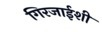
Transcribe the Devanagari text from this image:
गिरजाईशी